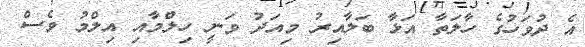
އެ ދުވަހުގެ ހާލަތާ އަޅާ ބަލާއިރު މިއަދު ވަނީ ހިލްމާއި އިލްމު ވެސް